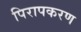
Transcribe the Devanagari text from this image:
पिरापकरण